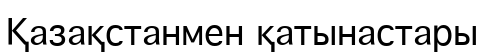
Қазақстанмен қатынастары